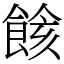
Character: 餩